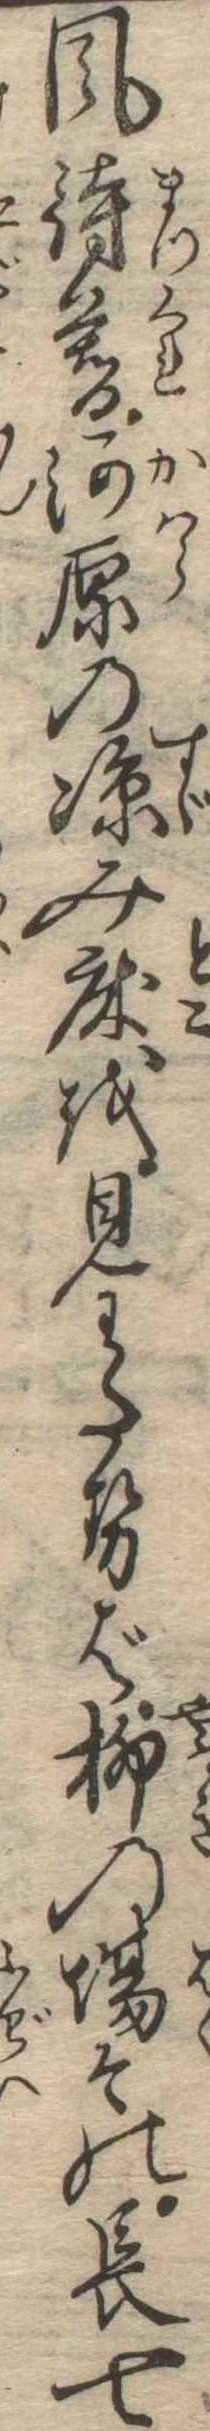
風待暮河原の涼み床を見わたせば柳の場の長七